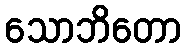
သောဘိတော